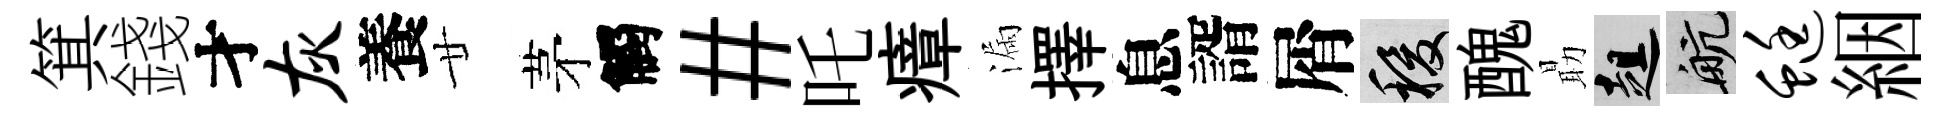
箕錢才灰養廿茅觸#吒瘴漏擇息諝屑稷醜朂趄航蜓絪